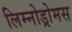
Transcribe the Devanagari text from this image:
लिम्नोड्रोमस